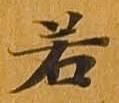
若